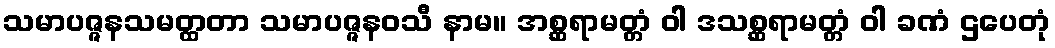
သမာပဇ္ဇနသမတ္ထတာ သမာပဇ္ဇနဝသီ နာမ။ အစ္ဆရာမတ္တံ ဝါ ဒသစ္ဆရာမတ္တံ ဝါ ခဏံ ဌပေတုံ